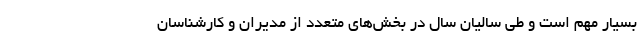
بسیار مهم است و طی سالیان سال در بخش‌های متعدد از مدیران و کارشناسان